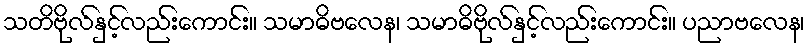
သတိဗိုလ်နှင့်လည်းကောင်း။ သမာဓိဗလေန၊ သမာဓိဗိုလ်နှင့်လည်းကောင်း။ ပညာဗလေန၊